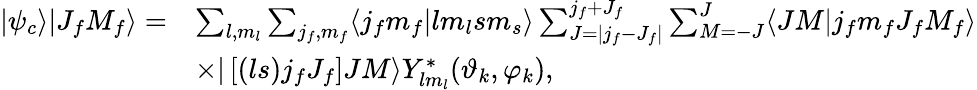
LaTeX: \begin{array}{rl}{|\psi_{c}\rangle|J_{f}M_{f}\rangle=}&{\sum_{l,m_{l}}\sum_{j_{f},m_{f}}\langle j_{f}m_{f}|lm_{l}sm_{s}\rangle\sum_{J=|j_{f}-J_{f}|}^{j_{f}+J_{f}}\sum_{M=-J}^{J}\langle JM|j_{f}m_{f}J_{f}M_{f}\rangle}\\ &{\times|\left[(ls)j_{f}J_{f}\right]JM\rangle Y_{lm_{l}}^{*}(\vartheta_{k},\varphi_{k}),}\end{array}